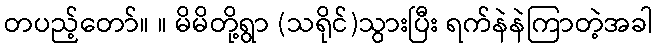
တပည့်တော်။ ။ မိမိတို့ရွာ (သရိုင်)သွားပြီး ရက်နဲနဲကြာတဲ့အခါ